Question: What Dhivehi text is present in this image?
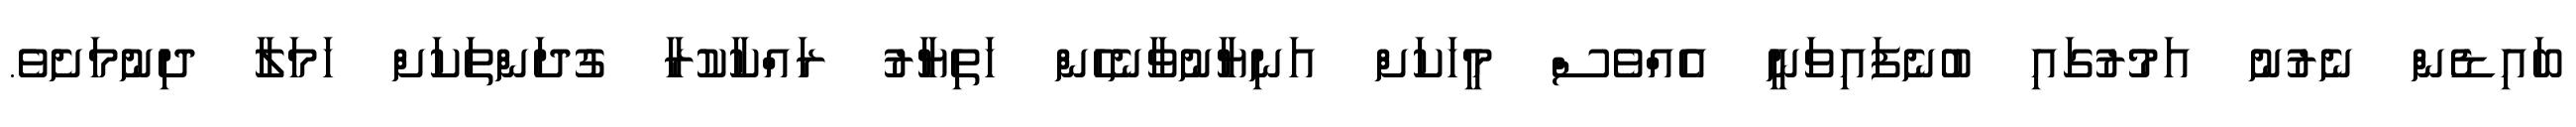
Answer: ބައިޑެން ނެރުނު އަމުރުގައި ބުނެފައިވަނީ އެއްވެސް މީހަކަށް އަނިޔާނުވާނެހެން ހަތިޔާރު ރައްކާކުރާ ގުދަންތަކަށް ހަމަލާ ދިނުމަށެވެ.